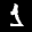
Label: 1